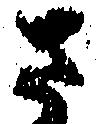
さ